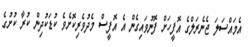
އެމައްސަލަ ޖެނެރަލްގެ އޮފީހަށް ފޮނުވައިގެން އެ އޮފީސް މެދުވެރިކޮށެވެ ކުޑަކުދިން ކުރާ ކުށުގެ